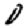
Digit: 0